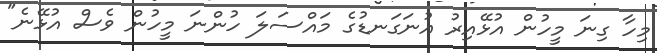
މިހާ ގިނަ މީހުން އުޅޭއިރު އުނަގަނޑުގެ މައްސަލަ ހުންނަ މީހުން ވެސް އުޅޭނެ"